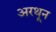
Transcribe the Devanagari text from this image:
अरथून